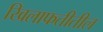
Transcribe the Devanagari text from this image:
खिलाफतीतील